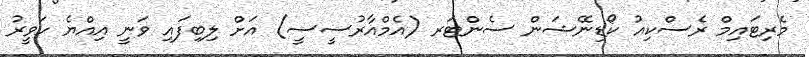
މެރިޓައިމް ރެސްކިއު ކޯޑިނޭޝަން ސެންޓަރ (އެމްއާރުސީސީ) އަށް ލިބިފައި ވަނީ އިއްޔެ ހަވީރު